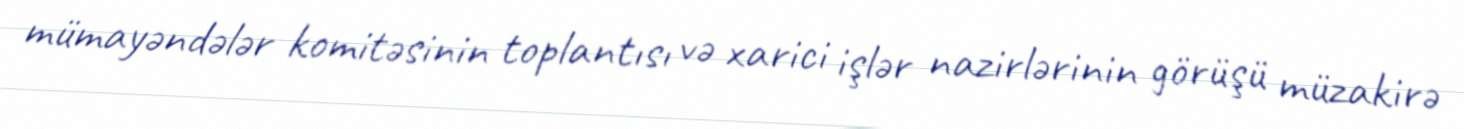
mümayəndələr komitəsinin toplantısı və xarici işlər nazirlərinin görüşü müzakirə